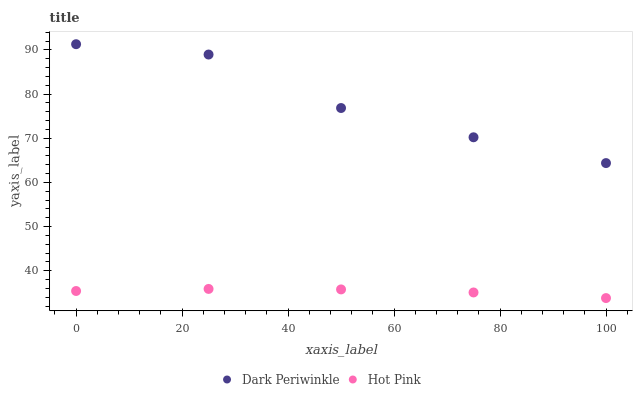
| xaxis_label | Dark Periwinkle | Hot Pink |
 | --- | --- | --- |
 | 0 | 91.3 | 35.4 |
 | 25 | 89 | 35.9 |
 | 50 | 76.9 | 35.8 |
 | 75 | 70.2 | 35.1 |
 | 100 | 64.4 | 33.8 |